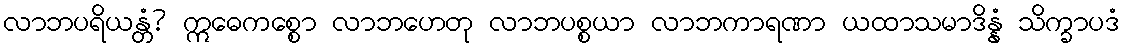
လာဘပရိယန္တံ? ဣဓေကစ္စော လာဘဟေတု လာဘပစ္စယာ လာဘကာရဏာ ယထာသမာဒိန္နံ သိက္ခာပဒံ